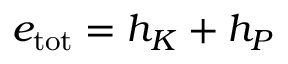
e _ { \mathrm { t o t } } = h _ { K } + h _ { P }